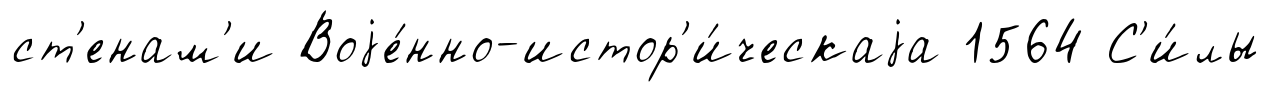
ст'енам'и Воjе́нно-истор'и́ческаjа 1564 С'и́лы